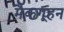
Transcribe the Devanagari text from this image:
मैकगूहन